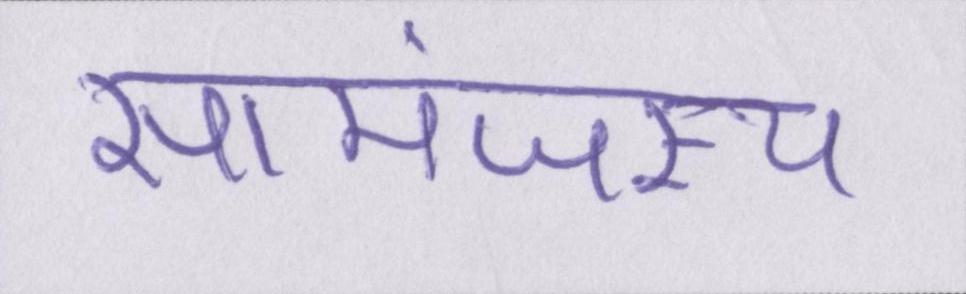
सामंजस्य